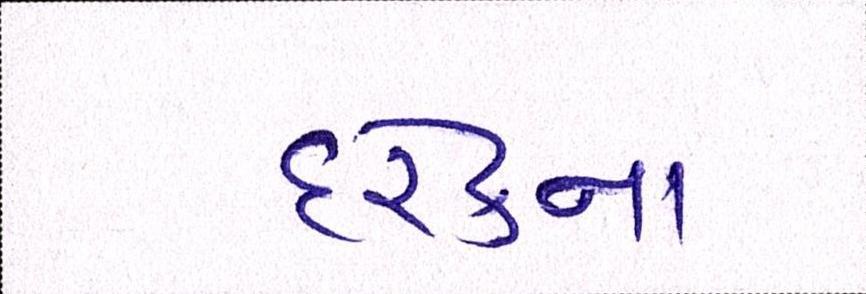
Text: દરેકના